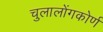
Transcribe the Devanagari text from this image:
चुलालोंगकोर्ण